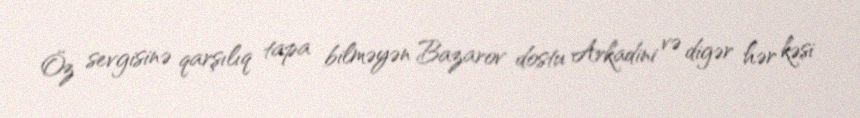
Öz sevgisinə qarşılıq tapa bilməyən Bazarov dostu Arkadini və digər hər kəsi